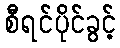
စီရင်ပိုင်ခွင့်